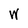
Character: W